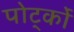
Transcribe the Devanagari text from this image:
पोर्ट्को